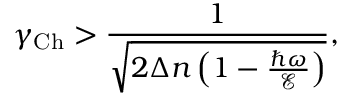
\gamma _ { \mathrm { C h } } > \frac { 1 } { \sqrt { 2 \Delta n \left( 1 - \frac { \hbar \omega } { \mathcal { E } } \right) } } ,